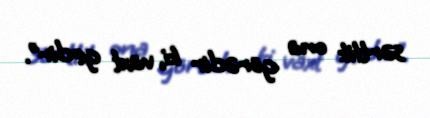
sərtlik ona görədir ki, vaxt gedir”.